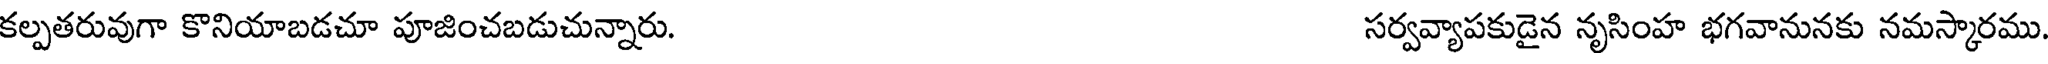
కల్పతరువుగా కొనియాబడచూ పూజించబడుచున్నారు. సర్వవ్యాపకుడైన నృసింహ భగవానునకు నమస్కారము.